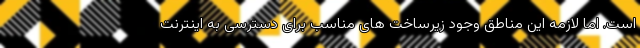
است. اما لازمه این مناطق وجود زیرساخت های مناسب برای دسترسی به اینترنت